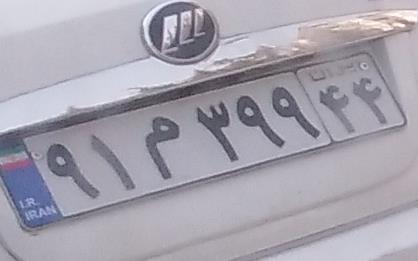
۹۱م۳۹۹۴۴